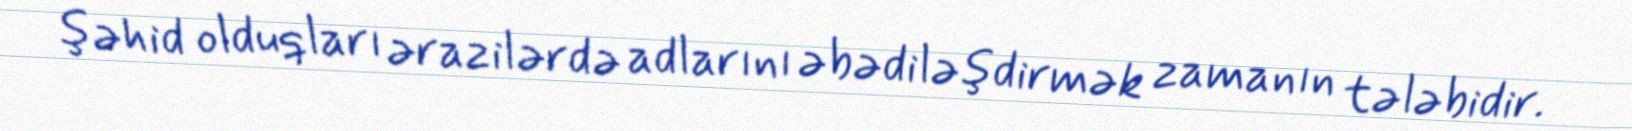
şəhid olduqları ərazilərdə adlarını əbədiləşdirmək zamanın tələbidir.